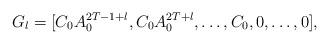
LaTeX: \begin{align*} G_l &= [C_0A_0^{2T-1+l},C_0A_0^{2T+l},\dots,C_0,0,\dots,0],\end{align*}